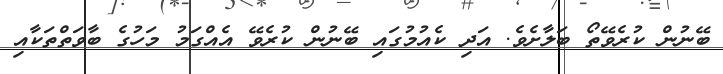
ބޭނުން ކުރެވޭތޯ ބަލާށެވެ. އަދި ކެއުމުގައި ބޭނުން ކުރެވޭ އެއްގަމު މަހުގެ ބާވަތްތަކާއި